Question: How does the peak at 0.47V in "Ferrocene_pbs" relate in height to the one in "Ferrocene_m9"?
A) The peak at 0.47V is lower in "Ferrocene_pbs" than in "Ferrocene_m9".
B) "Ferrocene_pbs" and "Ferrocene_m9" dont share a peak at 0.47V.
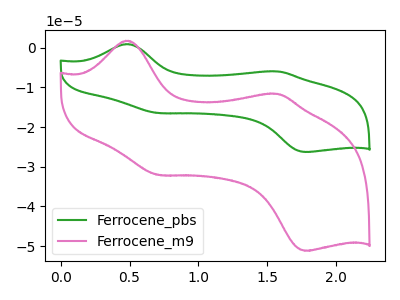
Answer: <think>The green curve "Ferrocene_pbs" has anodic peaks at (0.45V, 0.90uA) (1.60V, -5.95uA) and cathodic peaks at (0.70V, -16.45uA) (1.80V, -26.25uA). The pink curve "Ferrocene_m9" has anodic peaks at (0.45V, 1.75uA) (1.60V, -11.65uA) and cathodic peaks at (0.70V, -32.05uA) (1.80V, -51.15uA).</think>
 <answer>A) The peak at 0.47V is lower in "Ferrocene_pbs" than in "Ferrocene_m9".</answer>
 <eval>A</eval>